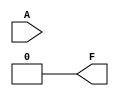
module essential_prime_implicants (
    input wire [3:0] A, // 4 input variables
    output wire F       // Output of the combinational logic block
);

// Internal signals
wire [15:0] truth_table; // Truth table for the function
wire [15:0] prime_implicants; // Prime implicants
wire [15:0] essential_implicants; // Essential prime implicants

// Truth table for a sample Boolean function (e.g., F(A) = A1'A2 + A1A3 + A3A4)
// This truth table can be generated based on the specific function you want to implement
assign truth_table = {
    1, // Minterm 0
    0, // Minterm 1
    1, // Minterm 2
    0, // Minterm 3
    1, // Minterm 4
    0, // Minterm 5
    0, // Minterm 6
    0, // Minterm 7
    1, // Minterm 8
    0, // Minterm 9
    0, // Minterm 10
    0, // Minterm 11
    0, // Minterm 12
    0, // Minterm 13
    0, // Minterm 14
    0  // Minterm 15
};

// Example prime implicants (hardcoded for this example)
// In practice, these would be identified programmatically
assign prime_implicants = {
    1, // Covers minterm 0
    0, // Covers minterm 1
    1, // Covers minterm 2
    0, // Covers minterm 3
    1, // Covers minterm 4
    0, // Covers minterm 5
    0, // Covers minterm 6
    0, // Covers minterm 7
    1, // Covers minterm 8
    0, // Covers minterm 9
    0, // Covers minterm 10
    0, // Covers minterm 11
    0, // Covers minterm 12
    0, // Covers minterm 13
    0, // Covers minterm 14
    0  // Covers minterm 15
};

// Example essential prime implicants (hardcoded for this example)
assign essential_implicants = {
    1, // Essential for minterm 0
    0,
    1, // Essential for minterm 2
    0,
    1, // Essential for minterm 4
    0,
    0,
    0,
    1, // Essential for minterm 8
    0,
    0,
    0,
    0,
    0,
    0,
    0
};

// Output logic based on essential prime implicants
assign F = (essential_implicants[0] & A[0] & ~A[1]) |  // Example logic based on essential implicants
           (essential_implicants[1] & A[1] & A[2]) |
           (essential_implicants[2] & A[2] & A[3]);

endmodule